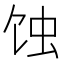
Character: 蚀